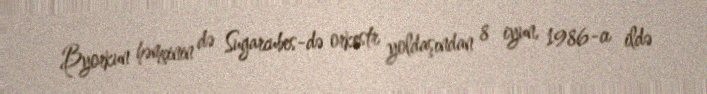
Byorkun həmçinin də Sugarcubes-də orkestr yoldaşından 8 iyun, 1986-cı ildə